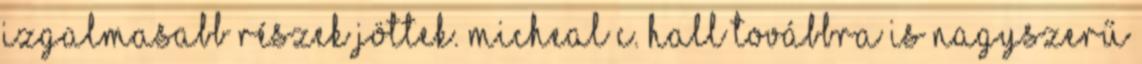
izgalmasabb részek jöttek. Micheal C. Hall továbbra is nagyszerű